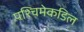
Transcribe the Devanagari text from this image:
पश्चिमेकडिल